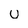
Character: U